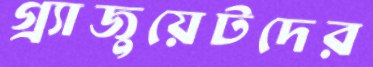
গ্র্যাজুয়েটদের